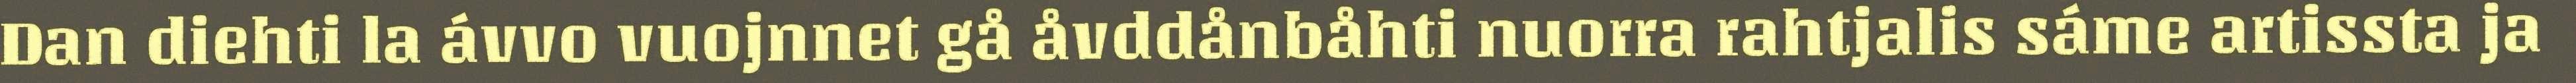
Dan diehti la ávvo vuojnnet gå åvddånbåhti nuorra rahtjalis sáme artissta ja